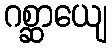
ဂစ္ဆာယျေ